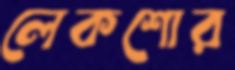
লেকশোর